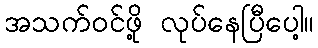
အသက်ဝင်ဖို့ လုပ်နေပြီပေါ့။